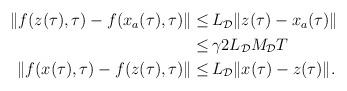
LaTeX: \begin{align*}\begin{aligned}\|f(z(\tau),\tau)-f(x_a(\tau),\tau)\| \le&\, L_\mathcal{D}\|z(\tau)-x_a(\tau)\| \\\le &\,\gamma 2 L_\mathcal{D} M_\mathcal{D} T\\\|f(x(\tau),\tau)-f(z(\tau),\tau)\| \le&\, L_\mathcal{D}\|x(\tau)-z(\tau)\|.\end{aligned}\end{align*}